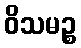
ဝိသမဉ္စ